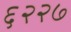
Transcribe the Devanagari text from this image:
६२२७